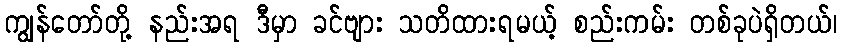
ကျွန်တော်တို့ နည်းအရ ဒီမှာ ခင်ဗျား သတိထားရမယ့် စည်းကမ်း တစ်ခုပဲရှိတယ်၊